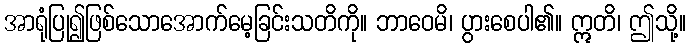
အာရုံပြု၍ဖြစ်သောအောက်မေ့ခြင်းသတိကို။ ဘာဝေမိ၊ ပွားစေပါ၏။ ဣတိ၊ ဤသို့။